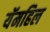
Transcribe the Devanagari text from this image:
यॅमहिल